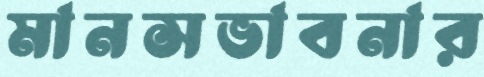
মানসভাবনার